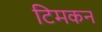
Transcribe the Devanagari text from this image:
टिमकन